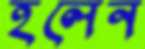
হলেন